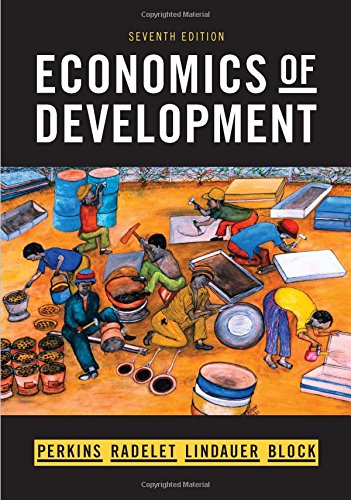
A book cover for Economics of Development (Seventh Edition); Dwight H. Perkins; Business & Money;